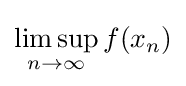
\limsup _{n\to \infty }f(x_{n})